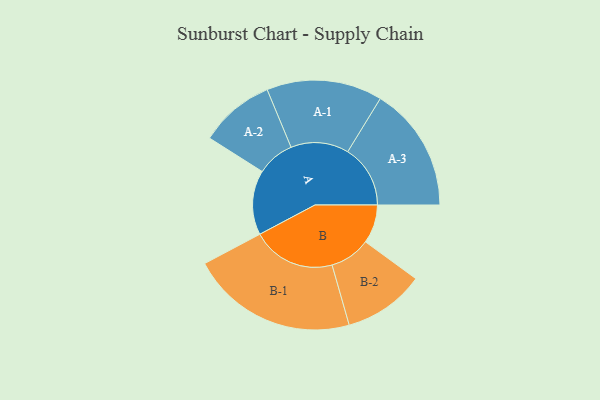
{"axis": {"x": "Segment", "y": "Value"}, "legend": ["", "A", "B"], "data": [{"x": "A", "y": 232, "type": ""}, {"x": "B", "y": 139, "type": ""}, {"x": "A-1", "y": 208, "type": "A"}, {"x": "A-2", "y": 135, "type": "A"}, {"x": "A-3", "y": 225, "type": "A"}, {"x": "B-1", "y": 300, "type": "B"}, {"x": "B-2", "y": 146, "type": "B"}]}